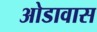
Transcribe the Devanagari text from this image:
ओडावास